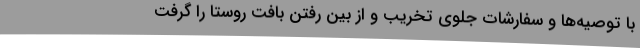
با توصیه‌ها و سفارشات جلوی تخریب و از بین رفتن بافت روستا را گرفت